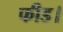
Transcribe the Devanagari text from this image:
फीड।